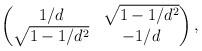
LaTeX: \begin{align*}\begin{pmatrix}1/d & \sqrt{1-1/d^2}\\\sqrt{1-1/d^2} & -1/d\end{pmatrix},\end{align*}